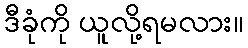
ဒီခုံကို ယူလို့ရမလား။